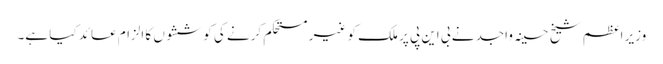
وزیر اعظم شیخ حسینہ واجد نے بی این پی پر ملک کو غیر مستحکم کرنے کی کوششوں کا الزام عائد کیا ہے۔